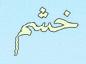
خشم